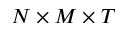
N \times M \times T